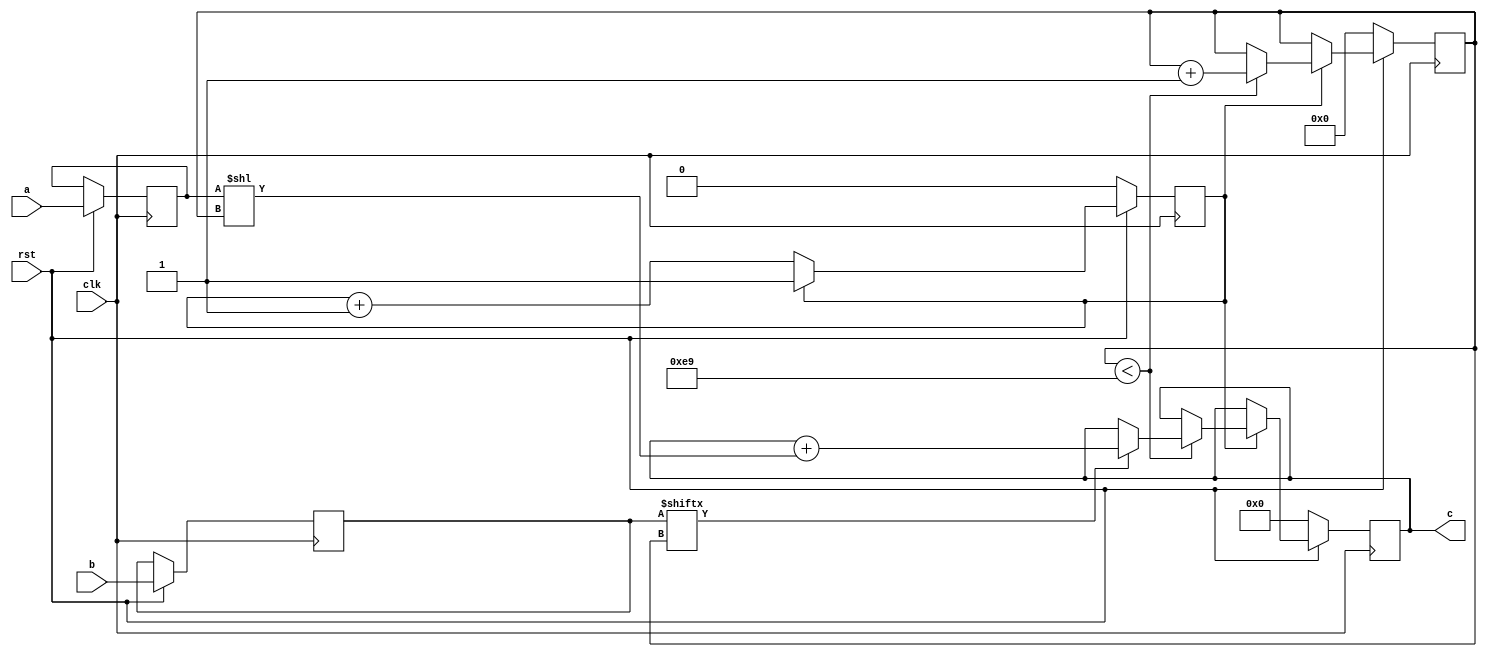
// TalTech large integer multiplier library
// Multiplier type: schoolbook
// Parameters: 233 233 2
// Target tool: genus
module schoolbook(clk, rst, a, b, c);
input clk;
input rst;
input [232:0] a;
input [232:0] b;
output reg [465:0] c;

reg [232:0] a_temp_1;
reg [232:0] b_temp_1;

reg  [7:0] count;
reg skip;

always @(posedge clk) begin
	if (rst == 1'b0) begin
		c <= 466'd0;
		count <= 8'd0;
		skip <= 1'd0;
	end
	else begin
		a_temp_1 <= a;
		b_temp_1 <= b;
		if (skip != 1) skip <= skip + 1;
		else begin
			if (count < 233) begin
				if (b_temp_1[count] == 1) begin
					c <= c + (a_temp_1 << count);
				end
				count <= count + 1;
			end
		end
	end
end
endmodule